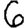
Digit: 6